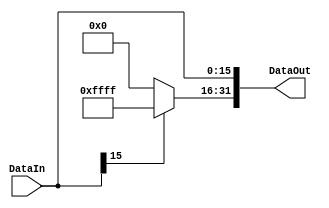
`ifndef MODULE_SIGNEXTEND
`define MODULE_SIGNEXTEND
`timescale 1ns / 1ps
//////////////////////////////////////////////////////////////////////////////////
// Company: 
// Engineer: 
// 
// Design Name: 
// Module Name: SignExtend
// Project Name: 
// Target Devices: 
// Tool Versions: 
// Description: 
// 
// Dependencies: 
// 
// Revision:
// Revision 0.01 - File Created
// Additional Comments:
// 
//////////////////////////////////////////////////////////////////////////////////


module SignExtend(DataIn,DataOut);    
    input [15:0] DataIn;
    output [31:0] DataOut;
    
    assign DataOut[31:16] = (DataIn[15] == 1) ? 16'b1111111111111111 : 16'b0;
    assign DataOut[15:0] = DataIn[15:0];
    
endmodule
`endif